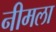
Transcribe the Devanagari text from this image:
नीमला